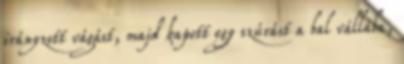
irányzott vágást, majd kapott egy szúrást a bal vállába,